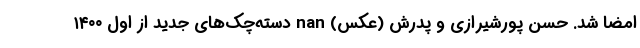
امضا شد. حسن پورشیرازی و پدرش (عکس) nan دسته‌چک‌های جدید از اول ۱۴۰۰